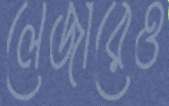
লেজারেও